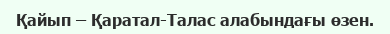
Қайып – Қаратал-Талас алабындағы өзен.